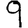
Digit: 9